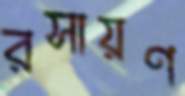
রসায়ণ